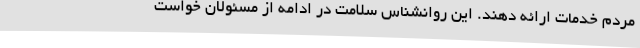
مردم خدمات ارائه دهند. این روانشناس سلامت در ادامه از مسئولان خواست